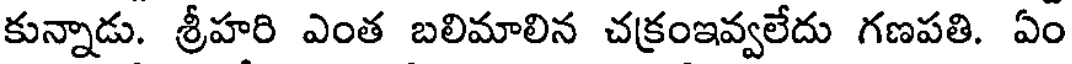
కున్నాడు. శ్రీహరి ఎంత బలిమాలిన చక్రంఇవ్వలేదు గణపతి. ఏం